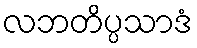
လဘတိပ္ပသာဒံ